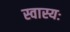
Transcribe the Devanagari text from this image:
स्वास्यः